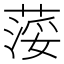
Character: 𦷪